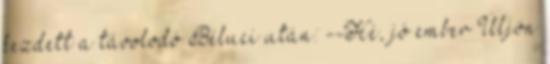
kezdett a távolodó Béluci után: --Hé, jó ember Üljön